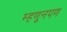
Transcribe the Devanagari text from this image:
म्हणूनपण